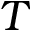
T